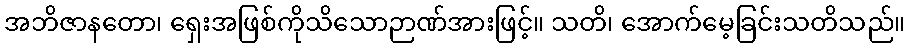
အဘိဇာနတော၊ ရှေးအဖြစ်ကိုသိသောဉာဏ်အားဖြင့်။ သတိ၊ အောက်မေ့ခြင်းသတိသည်။